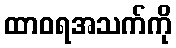
ထာဝရအသက်ကို